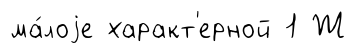
ма́лоjе характ'ерной 1 Ж